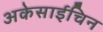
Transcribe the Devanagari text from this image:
अकेसाईचिन